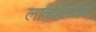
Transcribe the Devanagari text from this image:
लाकडाच्याच